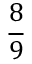
\frac { 8 } { 9 }